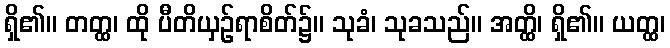
ရှိ၏။ တတ္ထ၊ ထို ပီတိယှဉ်ရာစိတ်၌။ သုခံ၊ သုခသည်။ အတ္ထိ၊ ရှိ၏။ ယတ္ထ၊